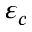
\varepsilon _ { c }